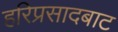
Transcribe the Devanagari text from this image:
हरिप्रसादबाट